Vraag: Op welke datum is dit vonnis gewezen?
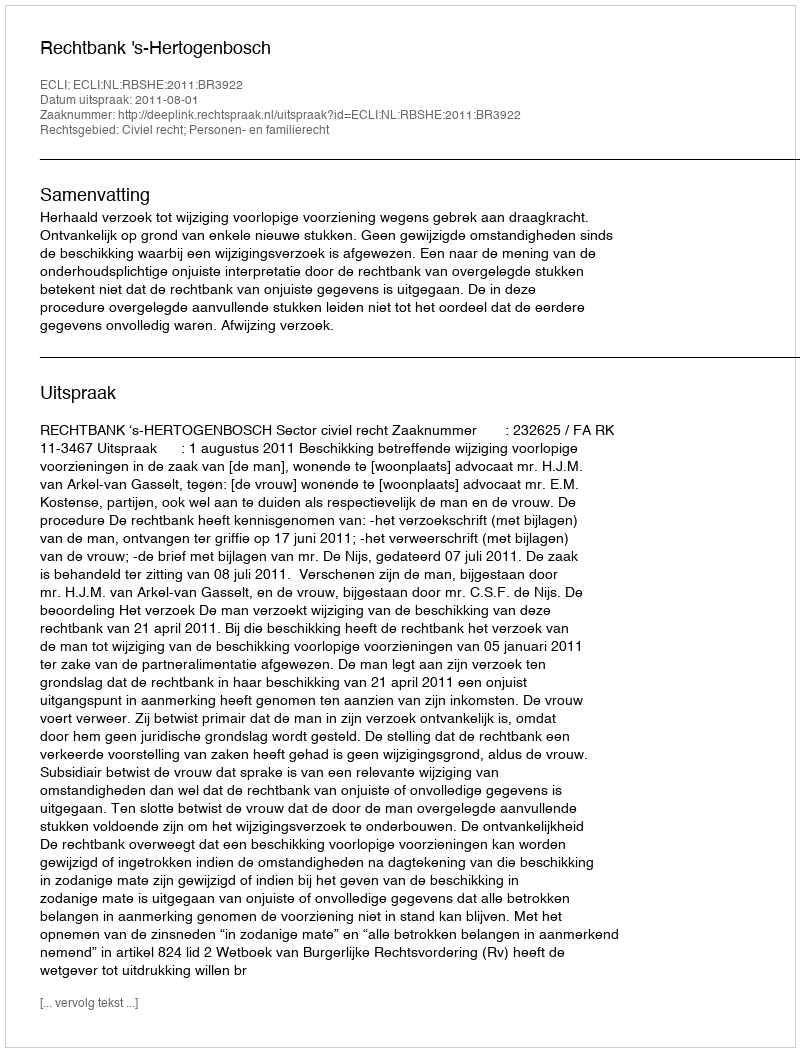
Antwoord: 2011-08-01